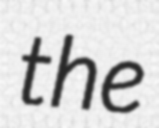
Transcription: the